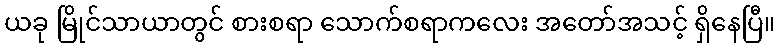
ယခု မြိုင်သာယာတွင် စားစရာ သောက်စရာကလေး အတော်အသင့် ရှိနေပြီ။